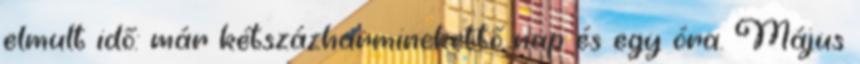
elmult idő: már kétszázharminckettő nap és egy óra. Május